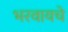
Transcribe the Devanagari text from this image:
भरवायचे